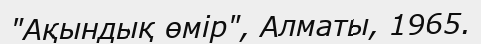
"Ақындық өмір", Алматы, 1965.